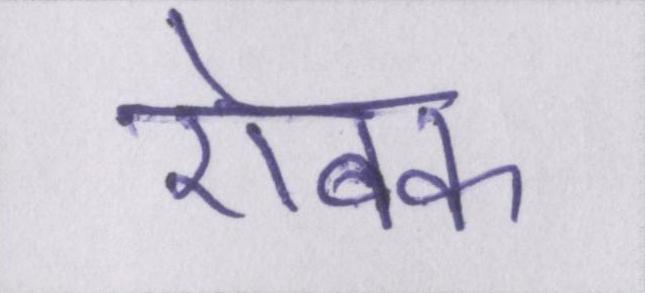
ऐबक